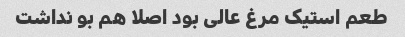
طعم استیک مرغ عالی بود اصلا هم بو نداشت